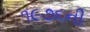
૧૯૭૬ની